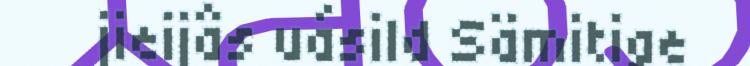
jieijâs uásild Sämitige